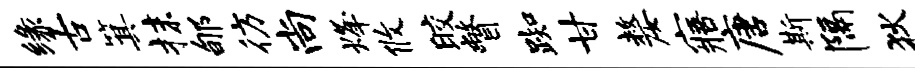
缘古箕抹郇彷尚烽攸皎瞥踟甘嫠寤唐斯隔狄